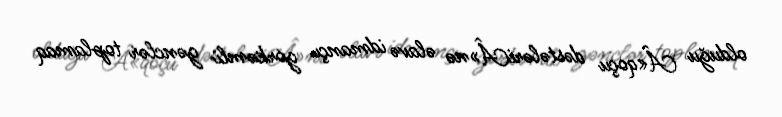
olduğu Â«qoçu dəstələriÂ»nə əlavə idmançı görkəmli gənclər toplamaq